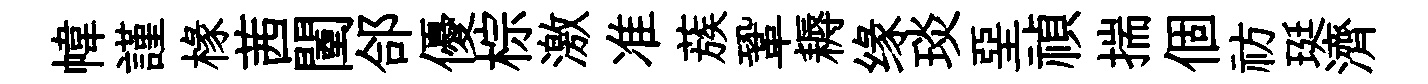
幃謹椽茜闉郃優棕激准蔟鞏耨缘琰堊禎揣個祊珽濟